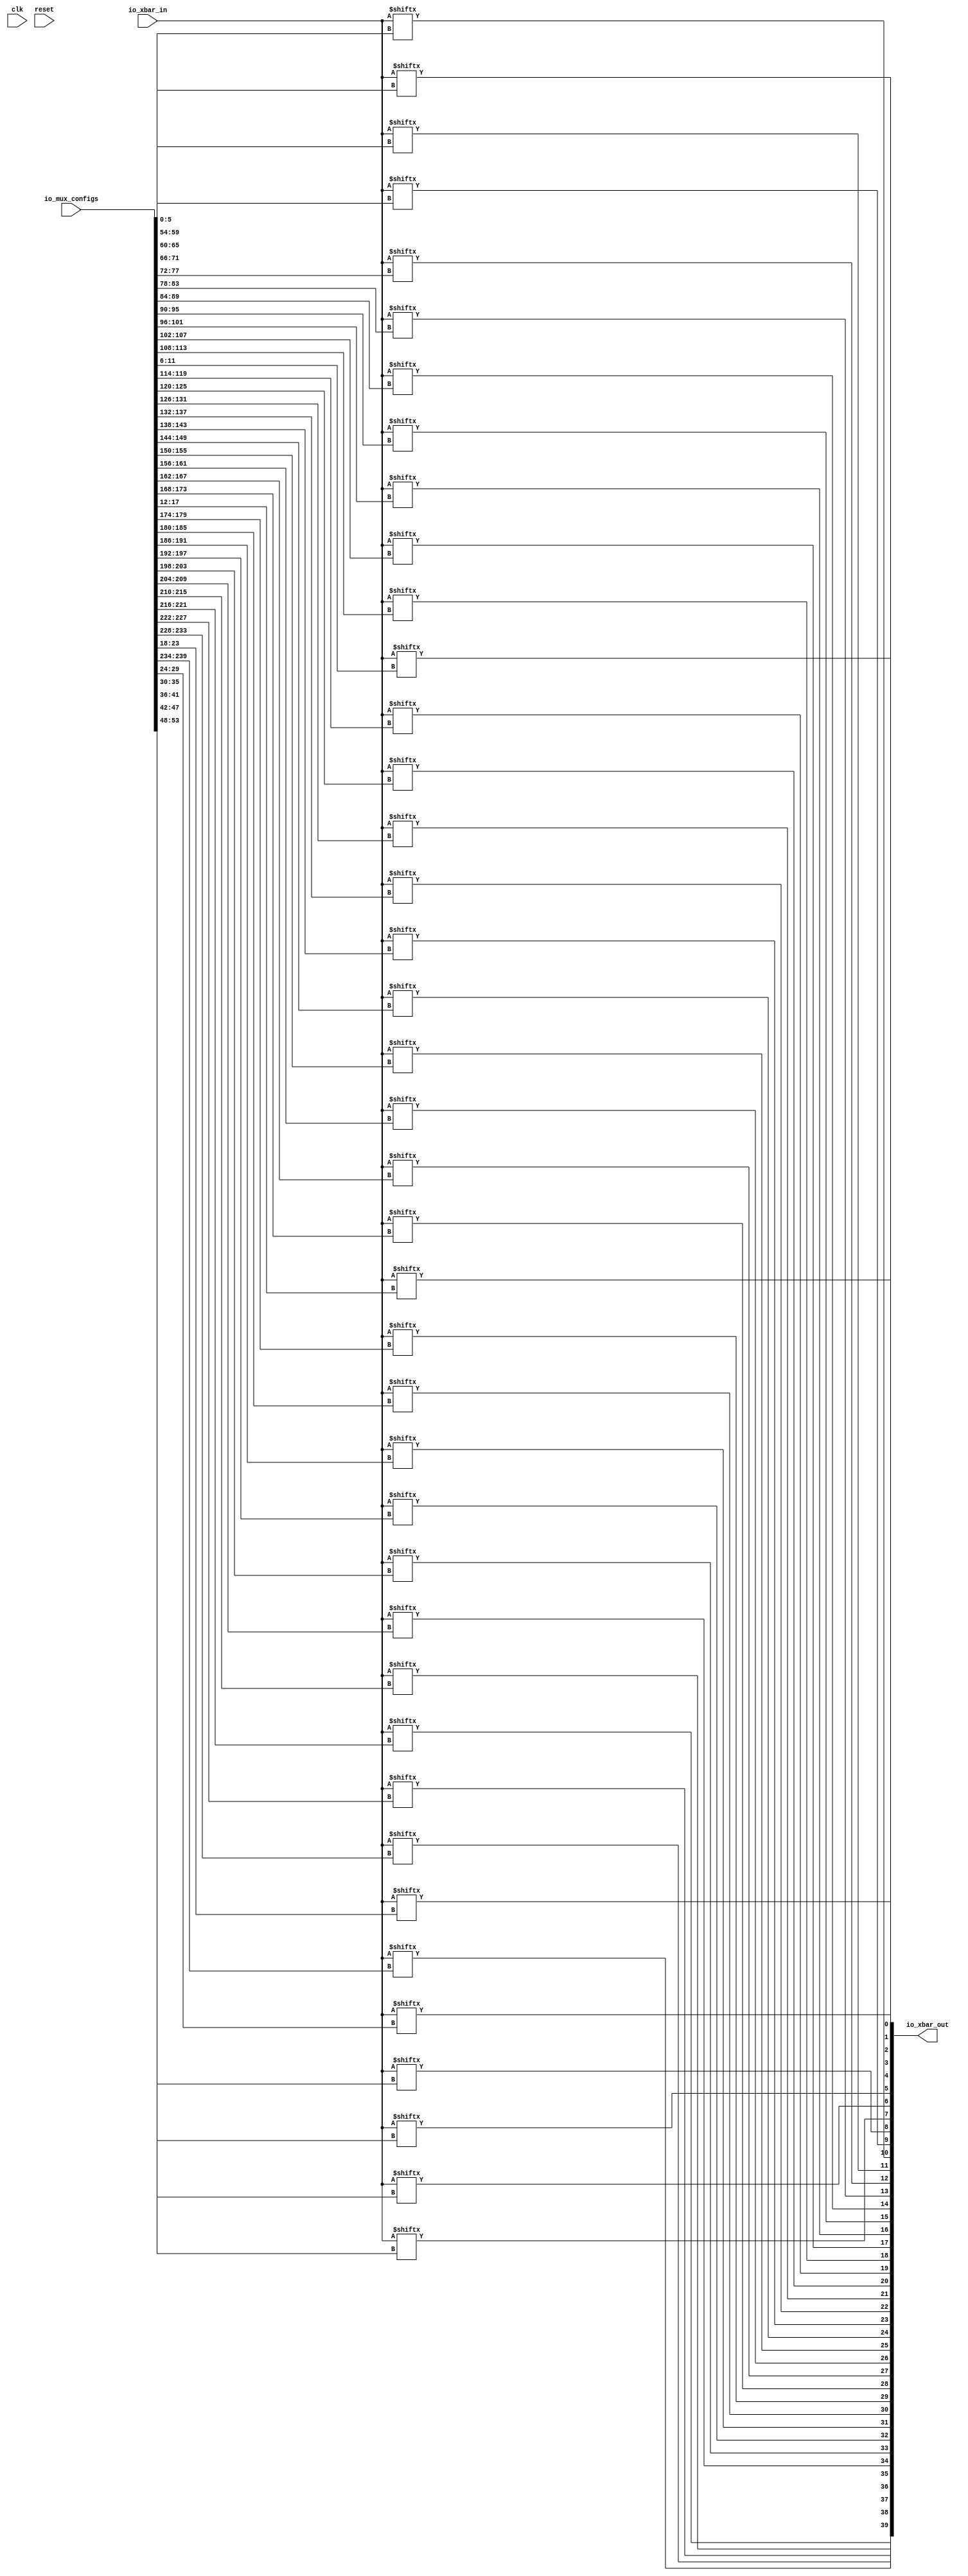
module xbar(input clk, input reset,
    input [32:0] io_xbar_in,
    output [39:0] io_xbar_out,
    input [239:0] io_mux_configs);

    assign io_xbar_out[0] = io_xbar_in[io_mux_configs[5:0]];
    assign io_xbar_out[1] = io_xbar_in[io_mux_configs[11:6]];
    assign io_xbar_out[2] = io_xbar_in[io_mux_configs[17:12]];
    assign io_xbar_out[3] = io_xbar_in[io_mux_configs[23:18]];
    assign io_xbar_out[4] = io_xbar_in[io_mux_configs[29:24]];
    assign io_xbar_out[5] = io_xbar_in[io_mux_configs[35:30]];
    assign io_xbar_out[6] = io_xbar_in[io_mux_configs[41:36]];
    assign io_xbar_out[7] = io_xbar_in[io_mux_configs[47:42]];
    assign io_xbar_out[8] = io_xbar_in[io_mux_configs[53:48]];
    assign io_xbar_out[9] = io_xbar_in[io_mux_configs[59:54]];
    assign io_xbar_out[10] = io_xbar_in[io_mux_configs[65:60]];
    assign io_xbar_out[11] = io_xbar_in[io_mux_configs[71:66]];
    assign io_xbar_out[12] = io_xbar_in[io_mux_configs[77:72]];
    assign io_xbar_out[13] = io_xbar_in[io_mux_configs[83:78]];
    assign io_xbar_out[14] = io_xbar_in[io_mux_configs[89:84]];
    assign io_xbar_out[15] = io_xbar_in[io_mux_configs[95:90]];
    assign io_xbar_out[16] = io_xbar_in[io_mux_configs[101:96]];
    assign io_xbar_out[17] = io_xbar_in[io_mux_configs[107:102]];
    assign io_xbar_out[18] = io_xbar_in[io_mux_configs[113:108]];
    assign io_xbar_out[19] = io_xbar_in[io_mux_configs[119:114]];
    assign io_xbar_out[20] = io_xbar_in[io_mux_configs[125:120]];
    assign io_xbar_out[21] = io_xbar_in[io_mux_configs[131:126]];
    assign io_xbar_out[22] = io_xbar_in[io_mux_configs[137:132]];
    assign io_xbar_out[23] = io_xbar_in[io_mux_configs[143:138]];
    assign io_xbar_out[24] = io_xbar_in[io_mux_configs[149:144]];
    assign io_xbar_out[25] = io_xbar_in[io_mux_configs[155:150]];
    assign io_xbar_out[26] = io_xbar_in[io_mux_configs[161:156]];
    assign io_xbar_out[27] = io_xbar_in[io_mux_configs[167:162]];
    assign io_xbar_out[28] = io_xbar_in[io_mux_configs[173:168]];
    assign io_xbar_out[29] = io_xbar_in[io_mux_configs[179:174]];
    assign io_xbar_out[30] = io_xbar_in[io_mux_configs[185:180]];
    assign io_xbar_out[31] = io_xbar_in[io_mux_configs[191:186]];
    assign io_xbar_out[32] = io_xbar_in[io_mux_configs[197:192]];
    assign io_xbar_out[33] = io_xbar_in[io_mux_configs[203:198]];
    assign io_xbar_out[34] = io_xbar_in[io_mux_configs[209:204]];
    assign io_xbar_out[35] = io_xbar_in[io_mux_configs[215:210]];
    assign io_xbar_out[36] = io_xbar_in[io_mux_configs[221:216]];
    assign io_xbar_out[37] = io_xbar_in[io_mux_configs[227:222]];
    assign io_xbar_out[38] = io_xbar_in[io_mux_configs[233:228]];
    assign io_xbar_out[39] = io_xbar_in[io_mux_configs[239:234]];

endmodule